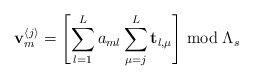
\begin{align*}\mathbf{v}_{m}^{\left\langle j\right\rangle }=\left[\sum_{l=1}^{L}a_{ml}\sum_{\mu=j}^{L}\mathbf{t}_{l,\mu}\right]\bmod\Lambda_{s}\end{align*}